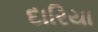
દારિયા